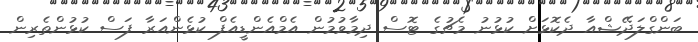
ބަންގްލަދޭޝްއާ ދެކޮޅަށް ކުޅުނު މެޗުގެ ޓޮސް ދިމާވުމުން އެމްއެންޑީއެފް ކުޅެންއަރާ ފަސް ކުޅުންތެރިން